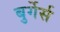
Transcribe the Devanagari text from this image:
बुर्गेर्स